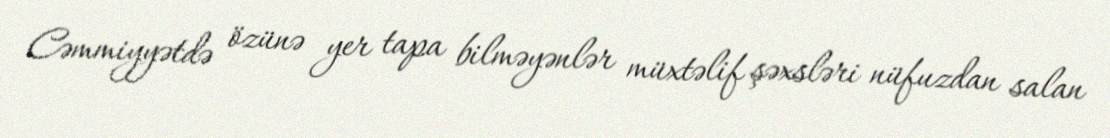
Cəmmiyyətdə özünə yer tapa bilməyənlər müxtəlif şəxsləri nüfuzdan salan